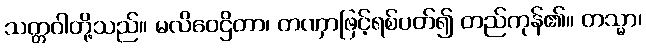
သတ္တဝါတို့သည်။ မလိဝေဌိတာ၊ တဏှာဖြင့်ရစ်ပတ်၍ တည်ကုန်၏။ တသ္မာ၊